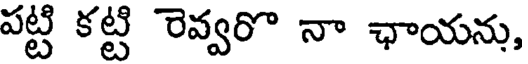
పట్టి కట్టి రెవ్వరొ నా ఛాయను,